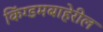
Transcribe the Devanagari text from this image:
किंग्डमबाहेरील